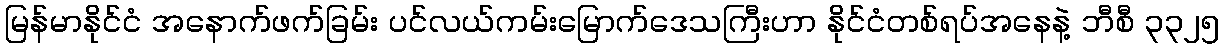
မြန်မာနိုင်ငံ အနောက်ဖက်ခြမ်း ပင်လယ်ကမ်းမြောက်ဒေသကြီးဟာ နိုင်ငံတစ်ရပ်အနေနဲ့ ဘီစီ ၃၃၂၅